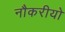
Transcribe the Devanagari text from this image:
नौकरीयो